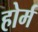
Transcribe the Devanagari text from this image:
होर्म